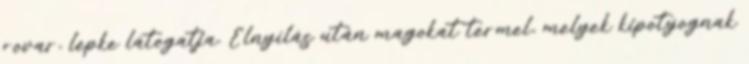
rovar, lepke látogatja. Elnyílás után magokat termel, melyek kipotyognak